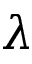
\lambda